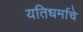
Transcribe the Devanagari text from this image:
यतिधर्माचे